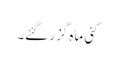
کئی ماہ گزر گئے۔